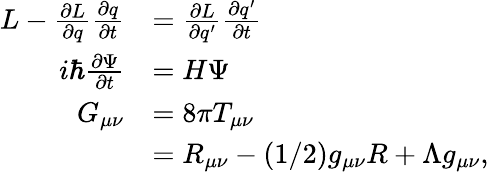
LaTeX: \begin{array}{rl}{L-\frac{\partial L}{\partial q}\frac{\partial q}{\partial t}}&{=\frac{\partial L}{\partial q^{\prime}}\frac{\partial q^{\prime}}{\partial t}}\\ {i\hbar\frac{\partial\Psi}{\partial t}}&{=H\Psi}\\ {G_{\mu\nu}}&{=8\pi T_{\mu\nu}}\\ &{=R_{\mu\nu}-(1/2)g_{\mu\nu}R+\Lambda g_{\mu\nu},}\end{array}